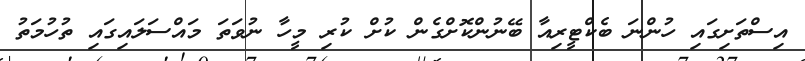
އިސްތަށިގައި ހުންނަ ބެކްޓީރިއާ ބޭނުންކޮށްގެން ކުށް ކުރި މީހާ ނުވަތަ މައްސަލައިގައި ތުހުމަތު